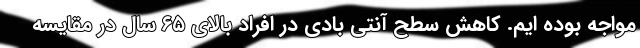
مواجه بوده ایم. کاهش سطح آنتی بادی در افراد بالای ۶۵ سال در مقایسه